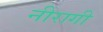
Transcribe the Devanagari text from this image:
नीरागी